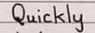
Quickly